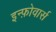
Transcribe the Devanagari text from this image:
इन्फ़ोवार्स